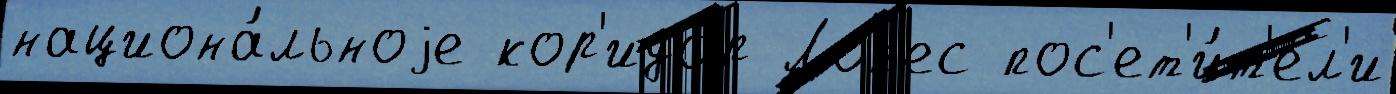
национа́льноjе кор'идо́р Лоп'ес пос'ет'и́т'ел'и